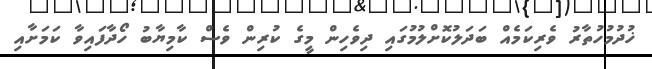
ޚުދުމުހުތާރު ވެރިކަމެއް ބަދަލުކޮށްލުމުގައި ދިވެހިން މީގެ ކުރިން ވެސް ކާމިޔާބު ހޯދާފައިވާ ކަމަށާއި